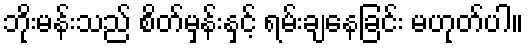
ဘိုးမန်းသည် စိတ်မှန်းနှင့် ရမ်းချနေခြင်း မဟုတ်ပါ။